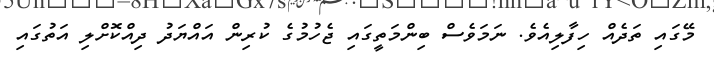
މޭގައި ތަދެއް ހިފާލިއެވެ. ނަމަވެސް ބިންމަތީގައި ޖެހުމުގެ ކުރިން އައްޔަދު ދިއްކޮށްލި އަތުގައި